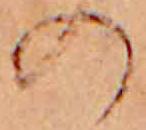
の